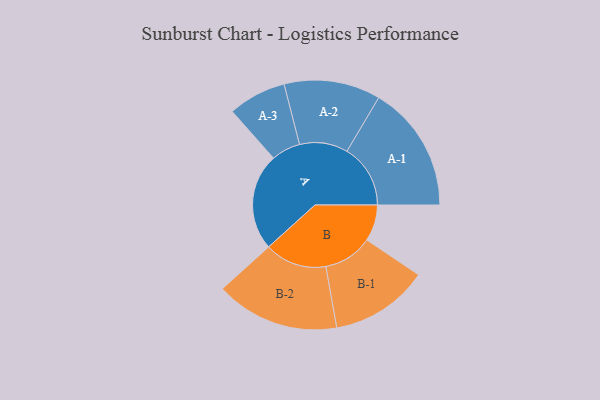
{"axis": {"x": "Segment", "y": "Value"}, "legend": ["", "A", "B"], "data": [{"x": "A", "y": 400, "type": ""}, {"x": "B", "y": 150, "type": ""}, {"x": "A-1", "y": 262, "type": "A"}, {"x": "A-2", "y": 199, "type": "A"}, {"x": "A-3", "y": 120, "type": "A"}, {"x": "B-1", "y": 203, "type": "B"}, {"x": "B-2", "y": 256, "type": "B"}]}